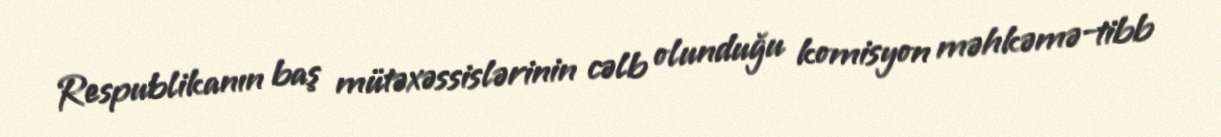
Respublikanın baş mütəxəssislərinin cəlb olunduğu komisyon məhkəmə-tibb